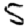
Digit: 5